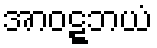
အာဝဋ္ဋဘယံ